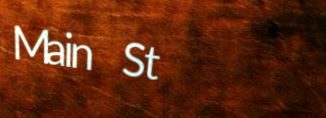
Main St